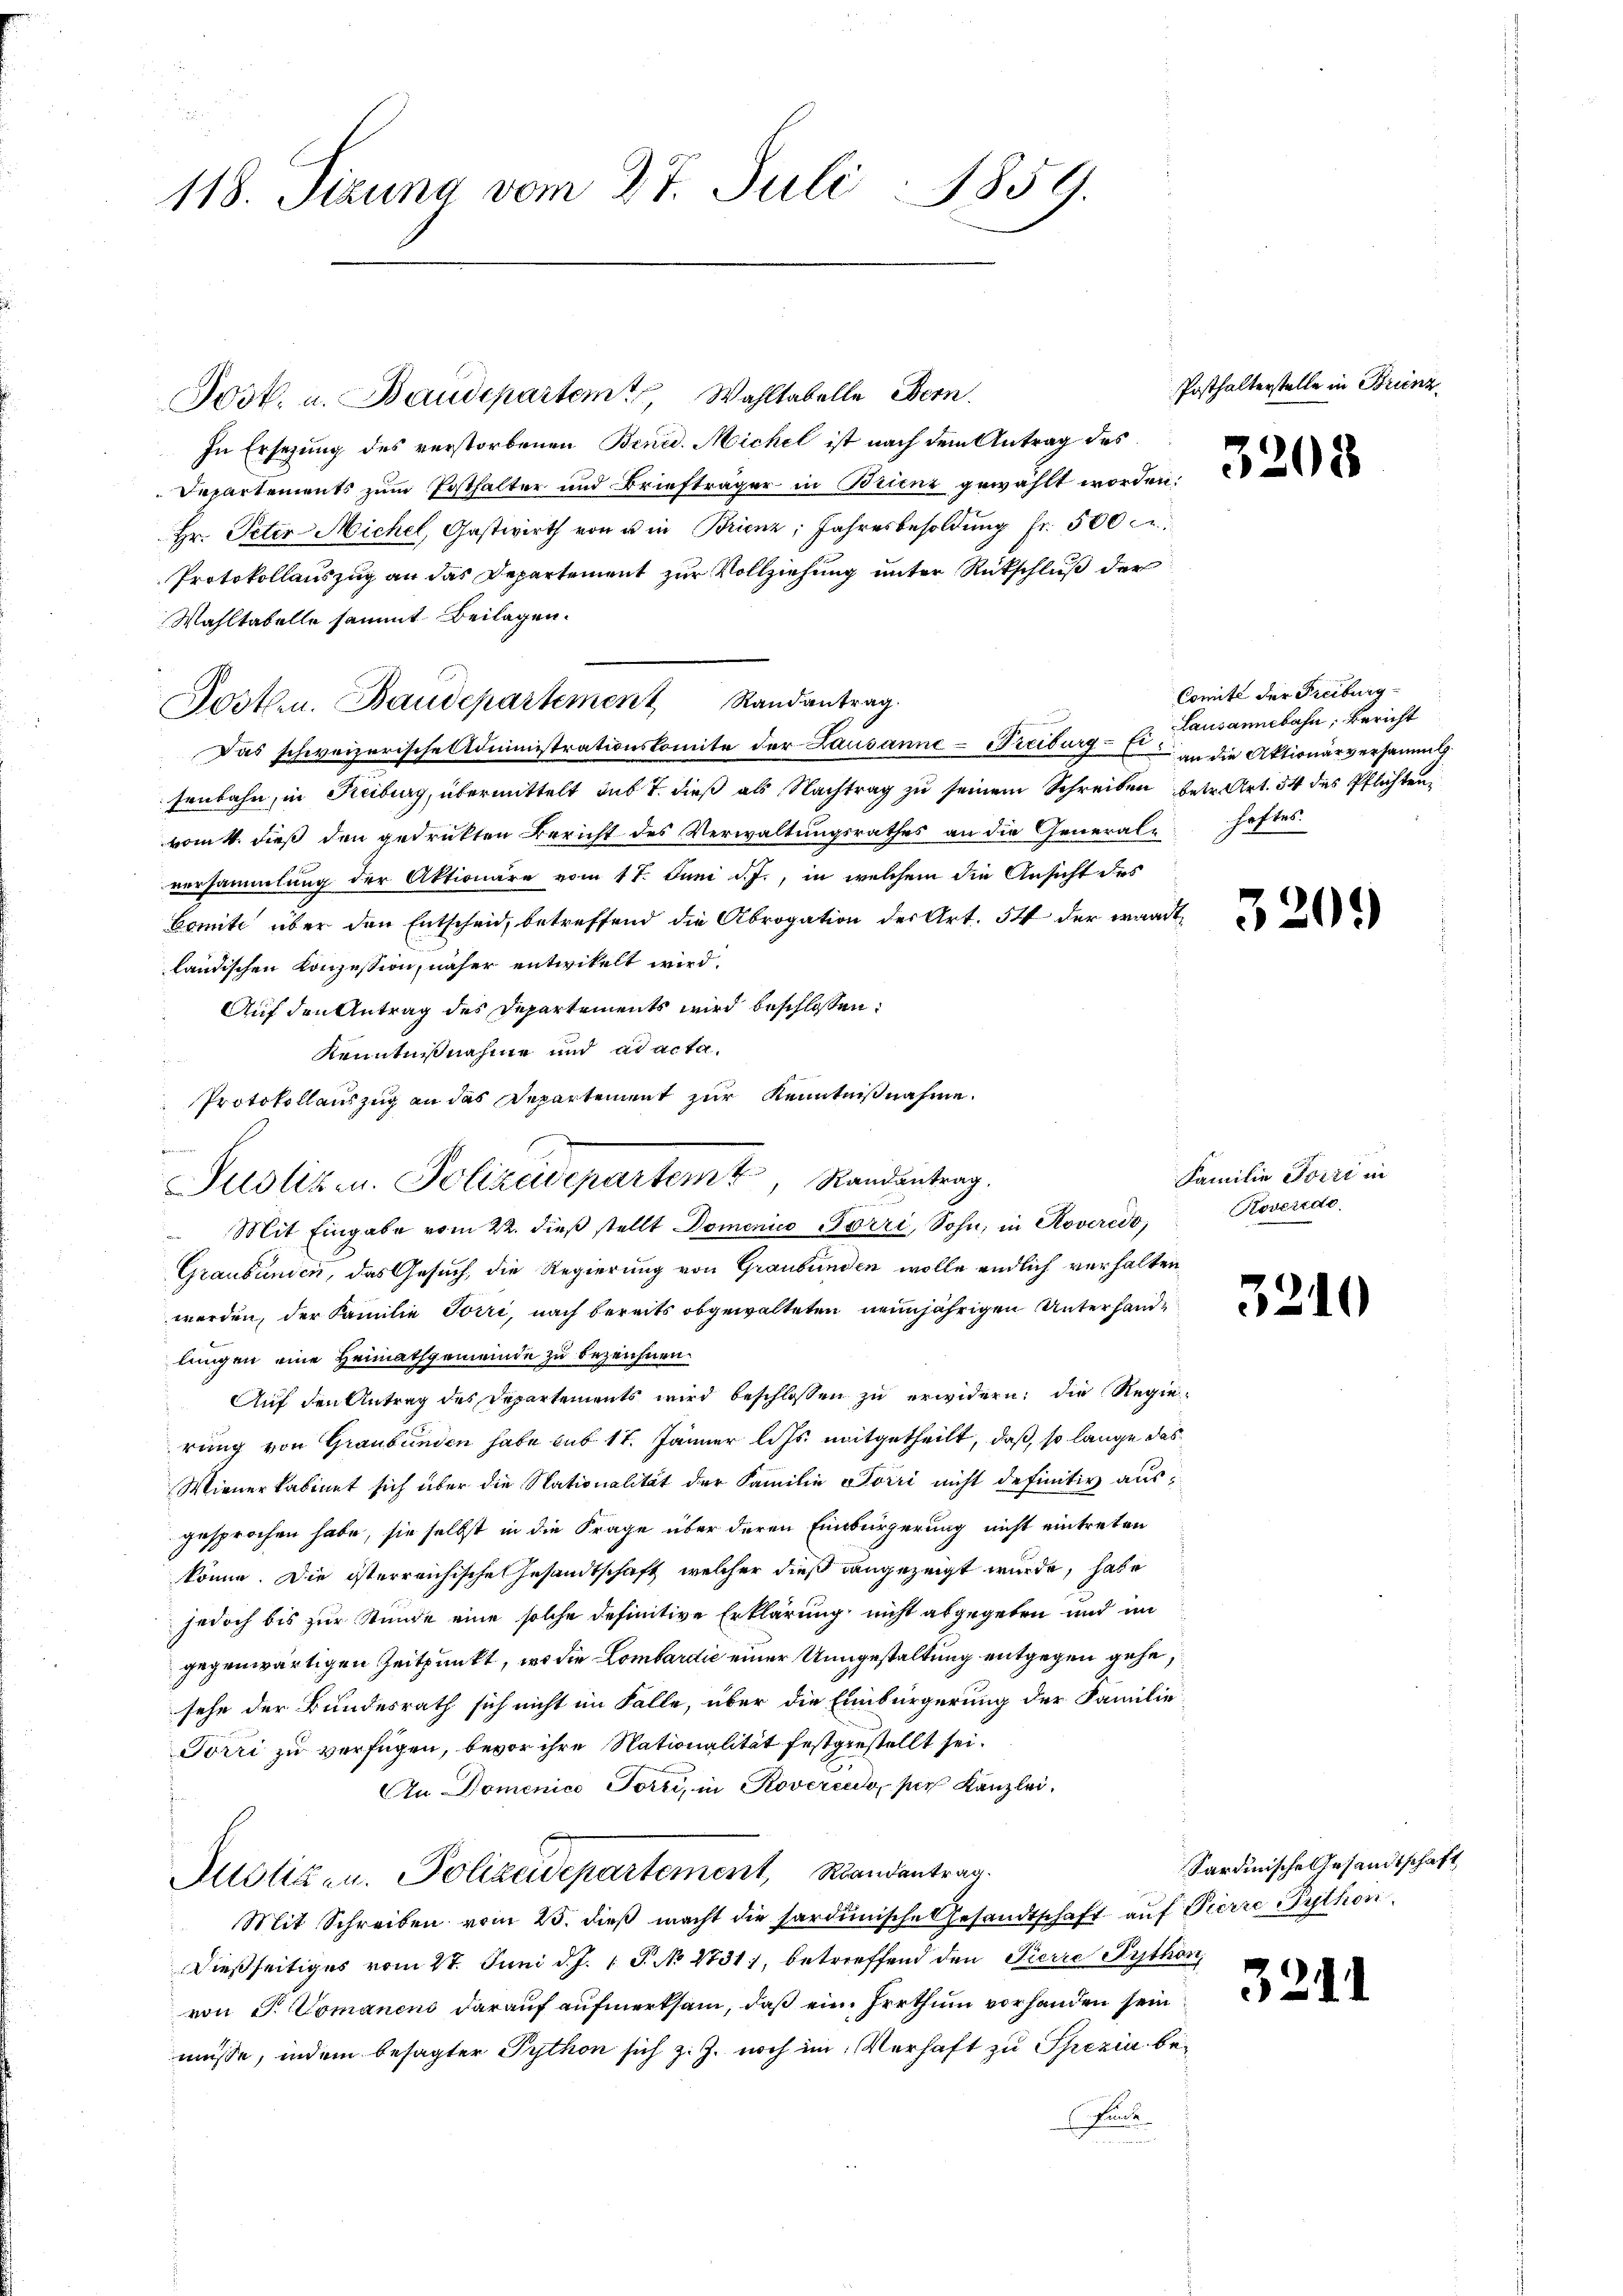
118. Sizung vom 27. Juli 1859.

Posten. Baudepartement Randantrag.

Suolizen. Polizeidepartem Randantrag.

Jost. u. Baudepartem Wahltabelle Bern.
In Ersezung des verstorbenen Benid. Michel ist nach dem Antrag des
Departements zum Posthalter und Briefträger in Brienz gewählt worden:
Hr. Peter Michel, Gastwirth von u in Brienz; Jahresbesoldung fr. 500 Fr.
Protokollauszug an das Departement zur Vollziehung unter Rückschluß der
Wahltabelle sammt Beilagen.
Das schweizerische Administrationskomite der Lausanne-Freiburg-Ei Lausannebahn, Bericht
senbahn, in Freiburg, übermittelt sub T. dieß als Nachtrag zu seinem Schreiben betr. Art. 54 des Pflichten,
vom 4. dieß den gedrückten Bericht des Verwaltŭngsrathes an die Generale haftes.
versammlung der Aktionäre vom 17. Juni d. J., in welchem die Ansicht des
Comite über den Entscheid, betreffend die Abrogation der Art. 54 der wandtländischen Konzession, näher entwickelt wird.
Auf den Antrag des Departements wird beschlossen:
Kenntnißnahme und ad acta
Protokollauszug an das Departement zur Kenntnißnahme.
e
 Mit Eingabe vom 22. dieß stellt Domenico Törri, Sohn, in Roveredo,
Graubünden, das Gesuch, die Regierung von Graubünden wolle endlich verhalten
werden, der Familie Törri, nach bereits obgewalteten neinjährigen Unterhandlingen eine Heimathgemeinde zu bezeichnen.
Auf den Antrag des Departements wird beschlossen zu erwidern, die Regierung von Graubünden habe sub 17. Jänner l. Js. mitgetheilt, daß, so lange das
Wienerkabinet sich über die Nationalität der Familie Törri nicht definitiv ausgesprochen habe, sie selbst in die Frage über deren Einbürgerung nicht eintreten
könne. Die österreichische Gesandtschaft, welcher dieß dangezeigt wurde, habe
jedoch bis zur Stunde eine solche definitive Erklärung nicht abgegeben und im
gegenwärtigen Zeitpunkt, wo die Lombardić einer Ungestaltung entgegen gehe,
sehe der Bundesrath sich nicht im Falle, über die Einbürgerung der Familie
Torri zu verfügen, bevor ihre Nationalität festgestellt sei.
An Domenico Porti, in Rovercato, per Kanzlei,
Mtsliten. Polizeidepartement, Randentrag
Mit Schreiben vom 25. dieβ macht die sardinische Gesandtschaft auf Pierre Puthoridießseitiges vom 27. Juni d. J. 1 P. No 2731), betreffend den Pierre Python
von S. Comanens darauf aufmerksam, daß ein Irrthum vorhanden sein
müsse, indem besagter Python sich z. Z. noch im Verhaft zu Spezia be¬
Bunde

Posthalterstelle in Brinz

3208

Comité der Freiburg
 an die Aktionarversamml

3

Familie Perić in
Roverdo

3.

32.

20

1

Sardinische Gesandtschaft